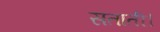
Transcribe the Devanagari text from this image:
सताती।